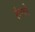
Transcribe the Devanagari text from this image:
रंगपो